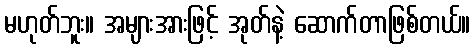
မဟုတ်ဘူး။ အများအားဖြင့် အုတ်နဲ့ ဆောက်တာဖြစ်တယ်။